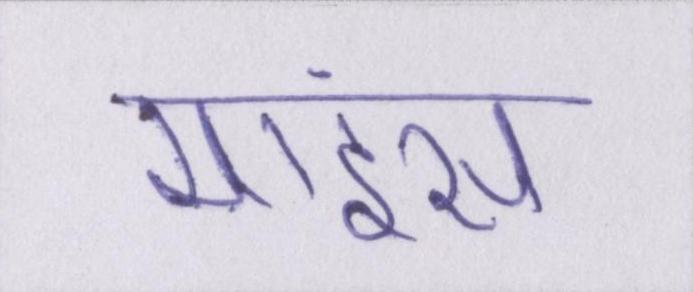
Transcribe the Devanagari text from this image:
माइंस